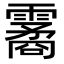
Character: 霱